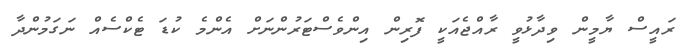
ރައީސް ޔާމީން ވިދާޅުވީ ރާއްޖެއަކީ ފޮރިން އިންވެސްޓަރުންނަށް އެންމެ ކުޑަ ޓެކްސެއް ނަގަމުންދާ